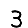
Digit: 3